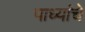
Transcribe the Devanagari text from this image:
पाध्यांचे